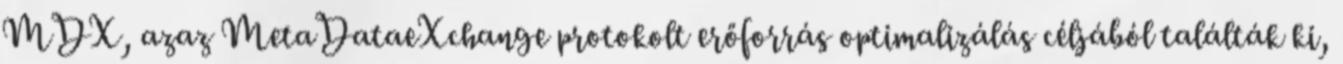
MDX, azaz MetaDataeXchange protokolt erőforrás optimalizálás céljából találták ki,